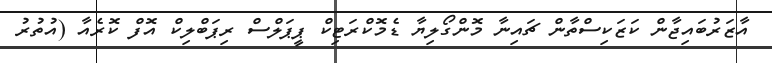
އާޒަރުބައިޖާން ކަޒަކިސްތާން ޗައިނާ މޮންގޯލިޔާ ޑެމޮކްރަޓިކް ޕީޕަލްސް ރިޕަބްލިކް އޮފް ކޮރެއާ (އުތުރު